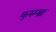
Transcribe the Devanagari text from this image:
कुरुम्ब्रा